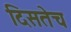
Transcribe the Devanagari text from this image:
दिसतेच